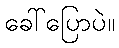
ခေါ်ပြောပဲ။